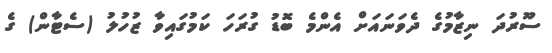
ސޫރުދަ ނިޒާމުގެ ދެވަނައަށް އެންމެ ބޮޑު ގުރަހަ ކަމުގައިވާ ޒުހުލު (ސެޓާން) ގެ